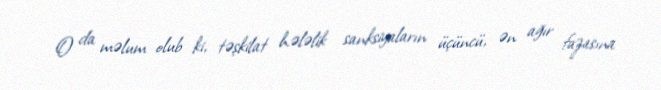
O da məlum olub ki, təşkilat hələlik sanksiyaların üçüncü, ən ağır fazasına